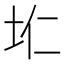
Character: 𮰛